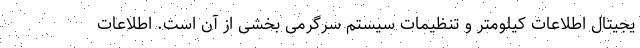
یجیتال اطلاعات کیلومتر و تنظیمات سیستم سرگرمی بخشی از آن است. اطلاعات